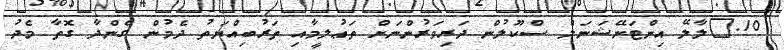
10.	ލާލޭ އިންޓަނޭޝަނަލް ސްކޫލުން ދަރިވަރުންނަށް ތަޢުލީމާއި ތަރުބިއްޔަތު ދެމުން ގެންދާ ގޮތާ މެދު